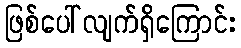
ဖြစ်ပေါ်လျက်ရှိကြောင်း